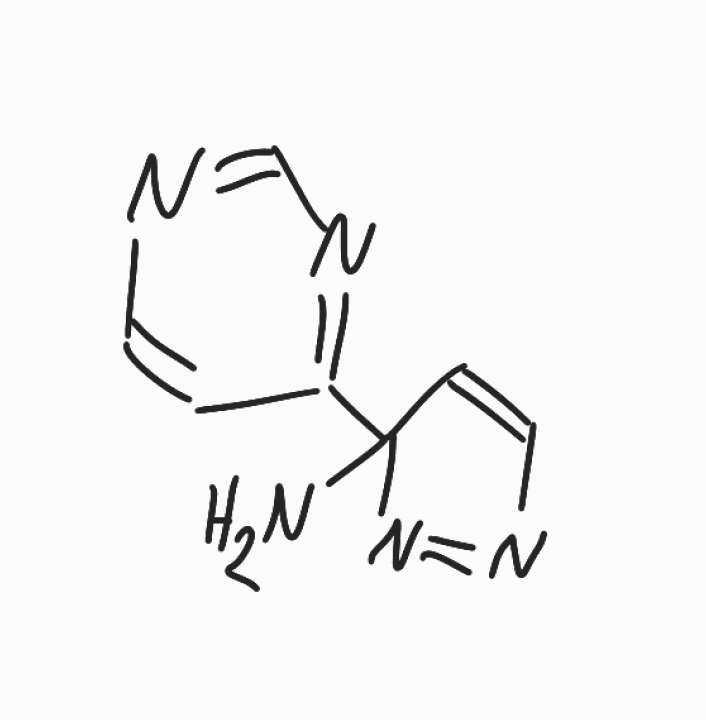
Simplified molecular-input line-entry system (SMILES) notation of the given molecule:
C1=CN=CN=C1C2(C=CN=N2)N